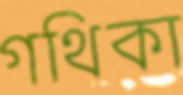
গথিকা